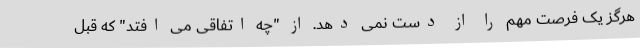
هرگز یک فرصت مهم را از دست نمی دهد. از "چه اتفاقی می افتد" که قبل